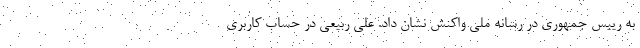
به رییس جمهوری در رسانه ملی واکنش نشان داد. علی ربیعی در حساب کاربری